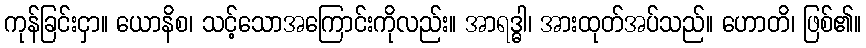
ကုန်ခြင်းငှာ။ ယောနိစ၊ သင့်သောအကြောင်းကိုလည်း။ အာရဒ္ဓါ၊ အားထုတ်အပ်သည်။ ဟောတိ၊ ဖြစ်၏။